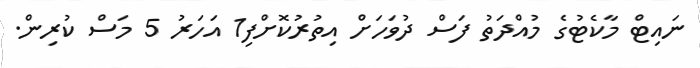
ނައިޓް މާކެޓުގެ މުއްދަތު ފަސް ދުވަހަށް އިތުރުކޮށްފި1 އަހަރު 5 މަސް ކުރިން.